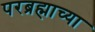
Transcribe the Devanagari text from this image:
परब्रह्माच्या